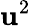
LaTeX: \mathbf{u}^{2}